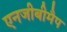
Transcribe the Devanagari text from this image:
एनजीबीमैप